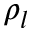
\rho _ { l }